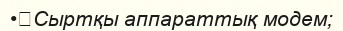
•	Сыртқы аппараттық модем;